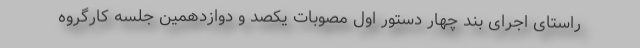
راستای اجرای بند چهار دستور اول مصوبات یکصد و دوازدهمین جلسه کارگروه